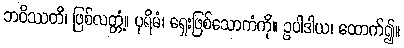
ဘဝိဿတိ၊ ဖြစ်လတ္တံ့။ ပုရိမံ၊ ရှေးဖြစ်သောကံကို။ ဥပါဒါယ၊ ထောက်၍။